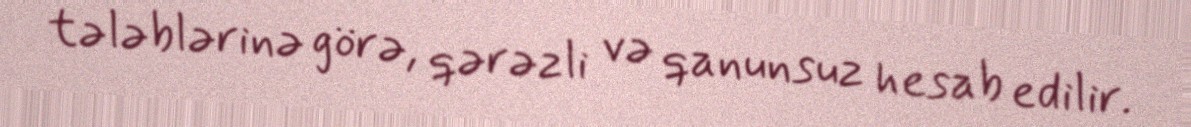
tələblərinə görə, qərəzli və qanunsuz hesab edilir.